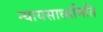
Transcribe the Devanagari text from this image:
न्यायसाध्यमिति